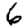
Digit: 6